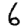
Digit: 6